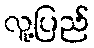
လူ့ပြည်